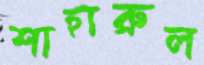
শাহারুল